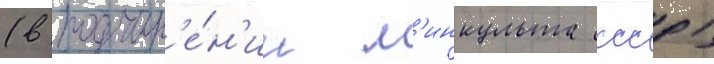
(в подчин'е́н'ии м'инкульта ссср)